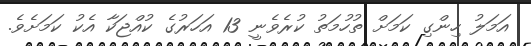
އަމަލު ހިންގި ކަމަށް ތުހުމަތު ކުރެވެނީ 13 އަހަރުގެ ކުއްޖަކާ އެކު ކަމަށެވެ.